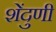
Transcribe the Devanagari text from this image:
शेंदुणी